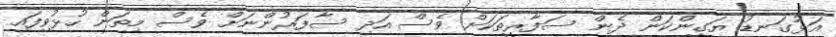
އަޅުގަނޑު ޔަގީންކަން ދެން ސަފާރީތަކަށް ވެސް އަދި ސާފަރުންނަށް ވެސް މިތަން ހުޅުވިފައި